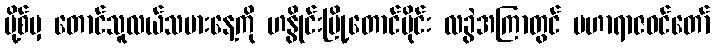
ပို့စ်မှ တောင်သူလယ်သမားနေ့ကို ဟနွိုင်းမြို့တောင်ပိုင်း လခွဲအကြာတွင် မဟာရာဇဝင်တော်